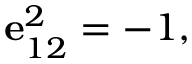
\mathbf { e } _ { 1 2 } ^ { 2 } = - 1 ,